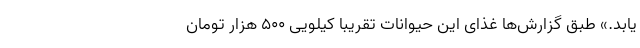
یابد.» طبق گزارش‌ها غذای این حیوانات تقریبا کیلویی ۵۰۰ هزار تومان